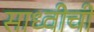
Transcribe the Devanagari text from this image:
साध्वीची